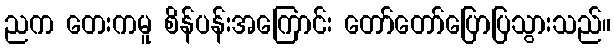
ညက တေးကမူ စိန်ပန်းအကြောင်း တော်တော်ပြောပြသွားသည်။